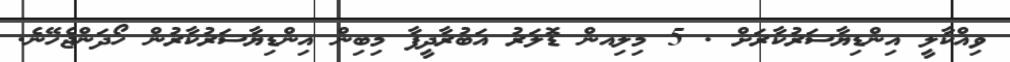
ވިއްކާލީ އިންޑިޔާސަރުކާރަށް . 5 މިލިއން ޑޮލަރު އަބުރާދީފާ މިބިން އިންޑިޔާސަރުކާރުން ހޯދަންޖެހޭނެ.